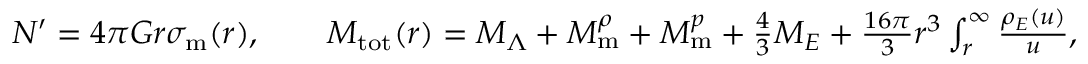
\begin{array} { r } { N ^ { \prime } = 4 \pi G r \sigma _ { \mathrm { m } } ( r ) , \qquad M _ { \mathrm { t o t } } ( r ) = M _ { \Lambda } + M _ { \mathrm { m } } ^ { \rho } + M _ { \mathrm { m } } ^ { p } + \frac { 4 } { 3 } M _ { E } + \frac { 1 6 \pi } { 3 } r ^ { 3 } \int _ { r } ^ { \infty } \d u \frac { \rho _ { E } ( u ) } { u } , } \end{array}